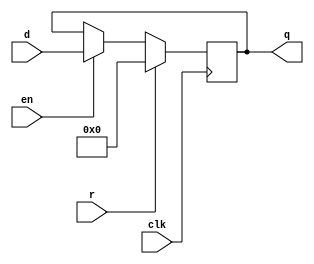
//==================================================================================================
//  Revision      : 
//  Company       : College of Information Science and Electronic Engineering, Zhejiang University
//
//  Description   : D Flip Flop with enable port
//
//
//==================================================================================================
module dffre(d,en,r,clk,q);
	parameter N=134;
	input en,r,clk;
	input[N-1:0] d;
	output[N-1:0] q;
	reg[N-1:0] q=0;
	always @(posedge clk) begin
		if(r==1) begin
			q=0;
		end
		else begin
			if(en==1) begin
				q=d;
			end
			else begin
				q=q;
			end
		end
	end
endmodule